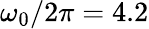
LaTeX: \omega_{0}/2\pi=4.2